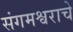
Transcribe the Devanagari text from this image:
संगमश्वराचे